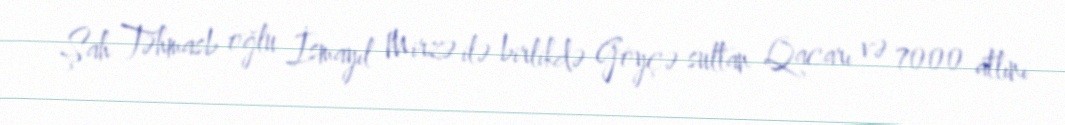
Şah Təhmasb oğlu İsmayıl Mirzə ilə birlikdə Göyçə sultan Qacarı və 7000 atlını